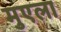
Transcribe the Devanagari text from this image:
मुएला